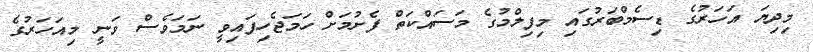
މިދިޔަ އަހަރުގެ ޑިސެމްބަރުގައި މިފިލްމުގެ މަސައްކަތް ފެށުމަށް ހަމަޖެހިފައިވީ ނަމަވެސް ވަނީ މިއަހަރުގެ